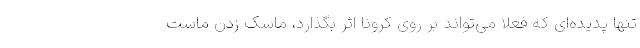
تنها پدیده‌ای که فعلا می‌تواند بر روی کرونا اثر بگذارد، ماسک زدن ماست